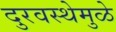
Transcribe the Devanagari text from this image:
दुरवस्थेमुळे